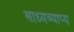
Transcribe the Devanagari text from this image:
साध्यव्याप्य